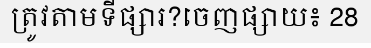
ត្រូវតាមទីផ្សារ?ចេញផ្សាយ៖ 28